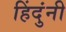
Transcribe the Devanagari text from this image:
हिंदुंनी